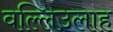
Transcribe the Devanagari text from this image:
वल्लिउलाह